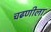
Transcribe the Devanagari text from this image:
चढणीला